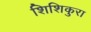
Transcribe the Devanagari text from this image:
शिशिकुरा